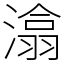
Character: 潝